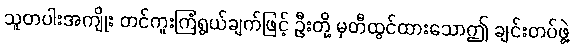
သူတပါးအကျိုး တင်ကူးကြံရွယ်ချက်ဖြင့် ဦးတို့ မှတီထွင်ထားသောဤ ချင်းတပ်ဖွဲ့